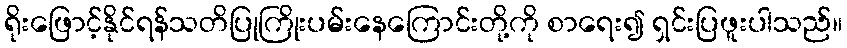
ရိုးဖြောင့်နိုင်ရန်သတိပြုကြိုးပမ်းနေကြောင်းတို့ကို စာရေး၍ ရှင်းပြဖူးပါသည်။